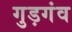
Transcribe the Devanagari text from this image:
गुड़गंव